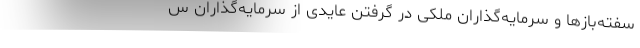
سفته‌بازها و سرمایه‌گذاران ملکی در گرفتن عایدی از سرمایه‌گذاران س